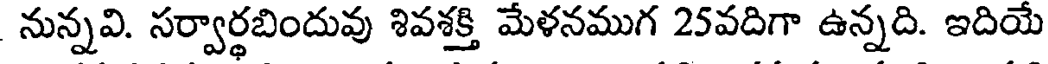
నున్నవి. సర్వార్థబిందువు శివశక్తి మేళనముగ 25వదిగా ఉన్నది. ఇదియే